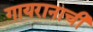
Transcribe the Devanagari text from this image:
गायरानाची